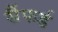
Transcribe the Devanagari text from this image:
सैंफर्ड